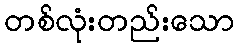
တစ်လုံးတည်းသော